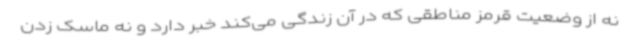
نه از وضعیت قرمز مناطقی که در آن زندگی می‌کند خبر دارد و نه ماسک زدن